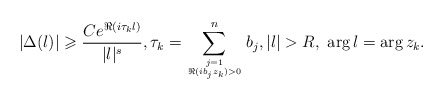
\begin{align*} |\Delta(\l)| \geqslant \frac{C e^{\Re(i \tau_k \l)}}{|\l|^s}, \tau_k = \sum_{j=1 \atop{\Re(i b_j z_k) > 0}}^n b_j, |\l| > R, \ \arg\l=\arg z_k.\end{align*}